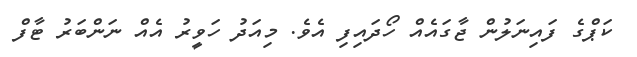
ކަޕްގެ ފައިނަލުން ޖާގައެއް ހޯދައިފި އެވެ. މިއަދު ހަވީރު އެއް ނަންބަރު ޓާފް